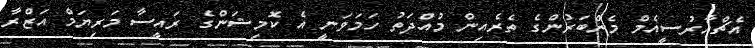
އެޗްއާރުސީއެމް މެންބަރުންގެ ތެރެއިން މުއްދަތު ހަމަވަނީ އެ ކޮމިޝަންގެ ރައީސާ މަރިޔަމް އަޒްރާ